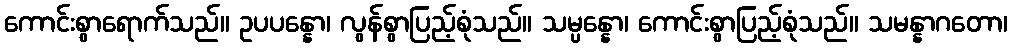
ကောင်းစွာရောက်သည်။ ဥပပန္နော၊ လွန်စွာပြည့်စုံသည်။ သမ္ပန္နော၊ ကောင်းစွာပြည့်စုံသည်။ သမန္နာဂတော၊